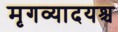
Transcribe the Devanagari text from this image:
मृगव्यादयश्च